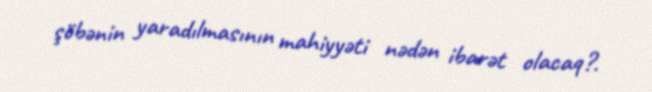
şöbənin yaradılmasının mahiyyəti nədən ibarət olacaq?.